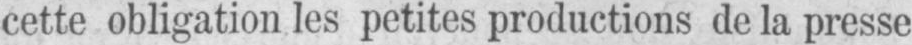
cette obligation les petites productions de la presse